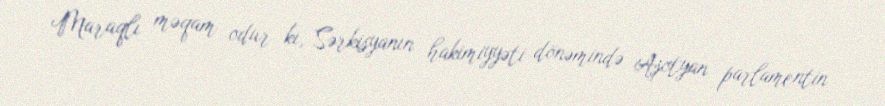
Maraqlı məqam odur ki, Sərkisyanın hakimiyyəti dönəmində Aşotyan parlamentin